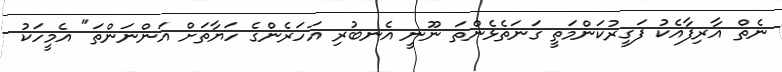
ނެތް އާރިފާއެކު ފަގީރުކަންމަތީ ގަނަތެޅެންތަ ނޫނީ އެނބުރި އަހަރެންގެ ހަޔާތަށް އަންނަންތަ" އެމީހަކު